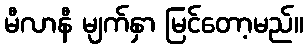
မီလာနီ မျက်နှာ မြင်တော့မည်။